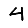
Digit: 4